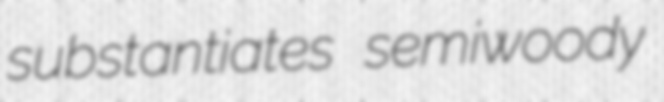
substantiates semiwoody